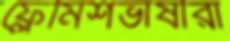
ফ্লেমিশভাষীরা